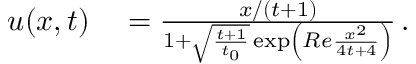
\begin{array} { r l } { u ( x , t ) } & { { } = \frac { x / ( t + 1 ) } { 1 + \sqrt { \frac { t + 1 } { t _ { 0 } } } \exp \left( R e \frac { x ^ { 2 } } { 4 t + 4 } \right) } \, . } \end{array}